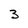
Character: 3